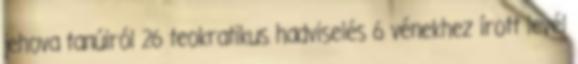
jehova tanúiról 26 teokratikus hadviselés 6 vénekhez írott levél